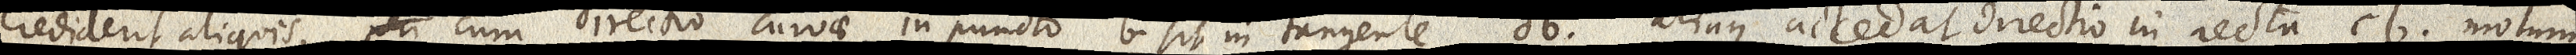
crediderit aliquis, peri cum directio curvae, in puncto b sit in tangente db. aliaque accedat directio in recta cb. motum